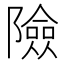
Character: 險